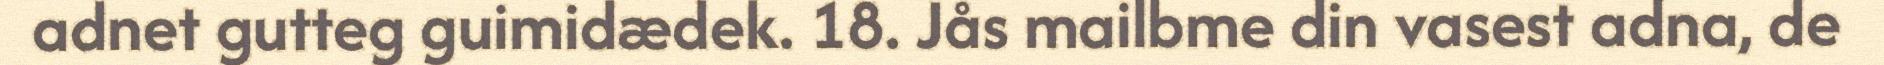
adnet gutteg guimidædek. 18. Jås mailbme din vasest adna, de